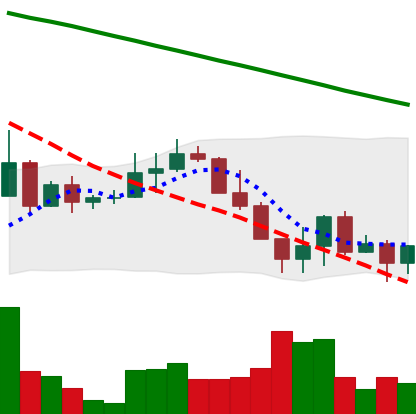
Ticker: ADA-USD
Chart end date: 2022-06-19
Forward return: 3.068%
Label: up_3_5